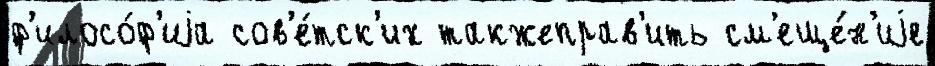
ф'илосо́ф'иjа сов'е́тск'их такжеправ'ить см'еще́н'иjе